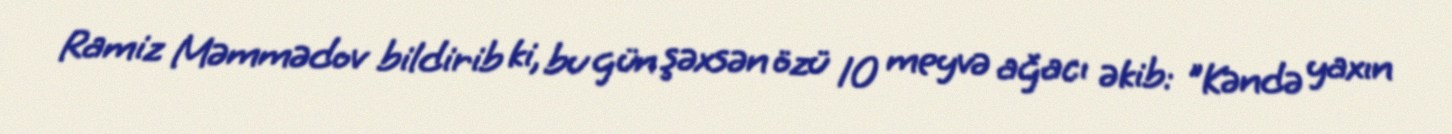
Ramiz Məmmədov bildirib ki, bu gün şəxsən özü 10 meyvə ağacı əkib: "Kəndə yaxın